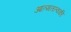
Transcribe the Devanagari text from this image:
आत्मतत्वकी